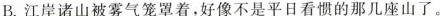
B.江岸诸山被雾气笼罩着，好像不是平日看惯的那几座山了。